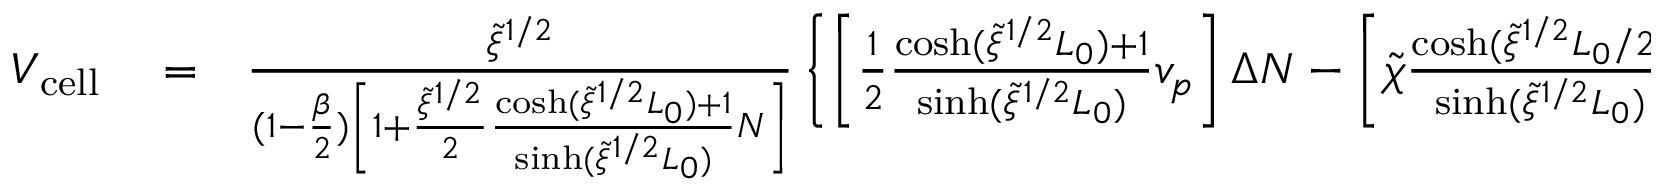
\begin{array} { r l r } { V _ { \mathrm { c e l l } } } & { { } = } & { \frac { \tilde { \xi } ^ { 1 / 2 } } { ( 1 - \frac { \beta } { 2 } ) \left[ 1 + \frac { \tilde { \xi } ^ { 1 / 2 } } { 2 } \frac { \cosh ( \tilde { \xi } ^ { 1 / 2 } L _ { 0 } ) + 1 } { \sinh ( \tilde { \xi } ^ { 1 / 2 } L _ { 0 } ) } N \right] } \left\{ \left[ \frac { 1 } { 2 } \frac { \cosh ( \tilde { \xi } ^ { 1 / 2 } L _ { 0 } ) + 1 } { \sinh ( \tilde { \xi } ^ { 1 / 2 } L _ { 0 } ) } v _ { p } \right] \Delta N - \left[ \tilde { \chi } \frac { \cosh ( \tilde { \xi } ^ { 1 / 2 } L _ { 0 } / 2 ) } { \sinh ( \tilde { \xi } ^ { 1 / 2 } L _ { 0 } ) } \right] y _ { c } \right\} } \end{array}